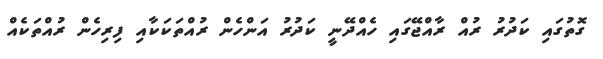
ގޮތުގައި ކަދުރު ރުއް ރާއްޖޭގައި ހެއްދޭނީ ކަދުރު އަންހެން ރުއްތަކަކާއި ފިރިހެން ރުއްތަކެއް